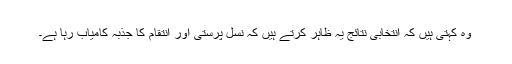
وہ کہتی ہیں کہ انتخابی نتائج یہ ظاہر کرتے ہیں کہ نسل پرستی اور انتقام کا جذبہ کامیاب رہا ہے۔